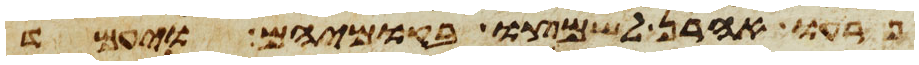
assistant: פרעו אהרן לשמצו בקומיהם ויעמד